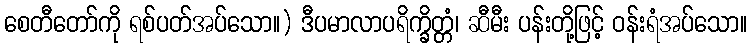
စေတီတော်ကို ရစ်ပတ်အပ်သော။) ဒီပမာလာပရိက္ခိတ္တံ၊ ဆီမီး ပန်းတို့ဖြင့် ဝန်းရံအပ်သော။